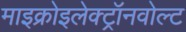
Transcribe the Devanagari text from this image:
माइक्रोइलेक्ट्रॉनवोल्ट